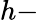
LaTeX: h-